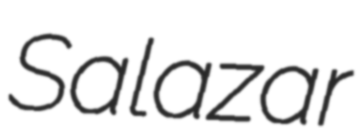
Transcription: Salazar